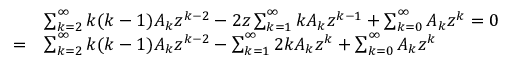
{ \begin{array} { r l } & { \sum _ { k = 2 } ^ { \infty } k ( k - 1 ) A _ { k } z ^ { k - 2 } - 2 z \sum _ { k = 1 } ^ { \infty } k A _ { k } z ^ { k - 1 } + \sum _ { k = 0 } ^ { \infty } A _ { k } z ^ { k } = 0 } \\ { = } & { \sum _ { k = 2 } ^ { \infty } k ( k - 1 ) A _ { k } z ^ { k - 2 } - \sum _ { k = 1 } ^ { \infty } 2 k A _ { k } z ^ { k } + \sum _ { k = 0 } ^ { \infty } A _ { k } z ^ { k } } \end{array} }